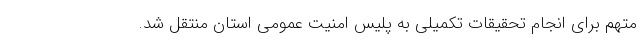
متهم برای انجام تحقیقات تکمیلی به پلیس امنیت عمومی استان منتقل شد.